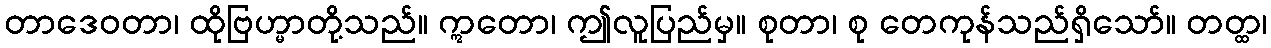
တာဒေဝတာ၊ ထိုဗြဟ္မာတို့သည်။ ဣတော၊ ဤလူပြည်မှ။ စုတာ၊ စု တေကုန်သည်ရှိသော်။ တတ္ထ၊